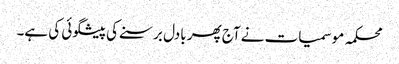
محکمہ موسمیات نے آج پھر بادل برسنے کی پیشگوئی کی ہے۔